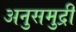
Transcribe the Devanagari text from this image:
अनुसमुद्री